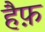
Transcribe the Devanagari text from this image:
हैफ़